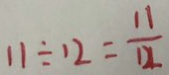
1 1 \div 1 2 = \frac { 1 1 } { 1 2 }